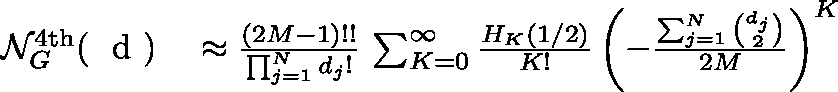
\begin{array} { r l } { \mathcal { N } _ { G } ^ { \mathrm { 4 t h } } ( \mathrm { ~ \boldmath ~ d ~ } ) } & { { } \approx \frac { ( 2 M - 1 ) ! ! } { \prod _ { j = 1 } ^ { N } d _ { j } ! } \, \sum _ { K = 0 } ^ { \infty } \frac { H _ { K } \left( 1 / 2 \right) } { K ! } \left( - \frac { \sum _ { j = 1 } ^ { N } \binom { d _ { j } } { 2 } } { 2 M } \right) ^ { K } } \end{array}